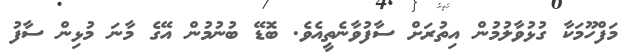
މަފްހޫމަކާ ގުޅުވާލުމުން އިތުރަށް ސާފުވާނެތީއެވެ. ބޮޑޭ ބުނުމުން އޭގެ މާނަ މުޅިން ސާފު